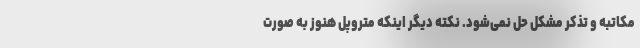
مکاتبه و تذکر مشکل حل نمی‌شود. نکته دیگر اینکه متروپل هنوز به صورت